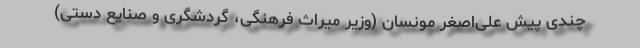
چندی پیش علی‌اصغر مونسان (وزیر میراث ‌فرهنگی، گردشگری و صنایع دستی)